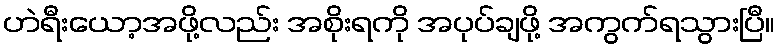
ဟဲရီးယော့အဖို့လည်း အစိုးရကို အပုပ်ချဖို့ အကွက်ရသွားပြီ။